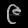
Digit: ၉